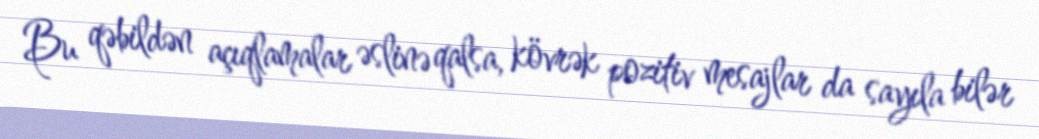
Bu qəbildən açıqlamalar əslinə qalsa, kövrək pozitiv mesajlar da sayıla bilər